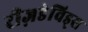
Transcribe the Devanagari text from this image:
रीज़डेविड्स